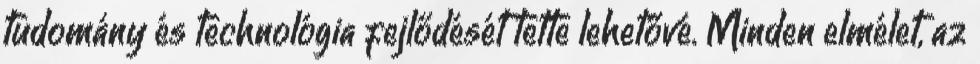
tudomány és technológia fejlődését tette lehetővé. Minden elmélet, az